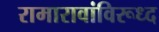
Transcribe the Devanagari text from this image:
रामारावांविरूध्द